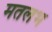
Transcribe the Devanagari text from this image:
मतलभ